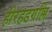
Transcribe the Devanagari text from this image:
हीरहडगल्लि